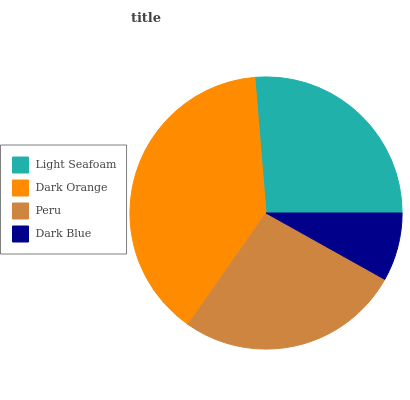
| Light Seafoam | Dark Orange | Peru | Dark Blue |
 | --- | --- | --- | --- |
 | 26.3% | 39% | 26.6% | 8.12% |